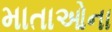
માતાઓના